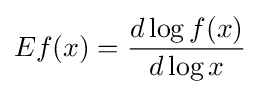
Ef(x)={\frac {d\log f(x)}{d\log x}}